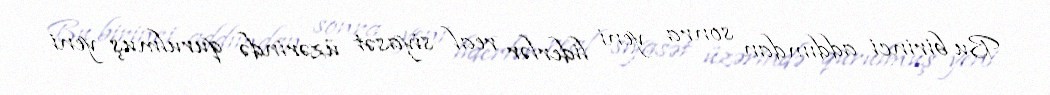
Bu birinci addımdan sonra yeni liderlər real siyasət üzərində qurulmuş yeni